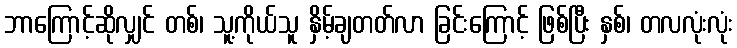
ဘာကြောင့်ဆိုလျှင် တစ်၊ သူ့ကိုယ်သူ နှိမ့်ချတတ်လာ ခြင်းကြောင့် ဖြစ်ပြီး နှစ်၊ တလလုံးလုံး